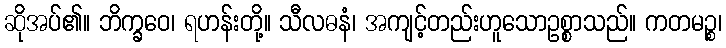
ဆိုအပ်၏။ ဘိက္ခဝေ၊ ရဟန်းတို့။ သီလဓနံ၊ အကျင့်တည်းဟူသောဥစ္စာသည်။ ကတမဉ္စ၊